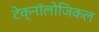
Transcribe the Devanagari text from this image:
टेक्नॉलोजिकल